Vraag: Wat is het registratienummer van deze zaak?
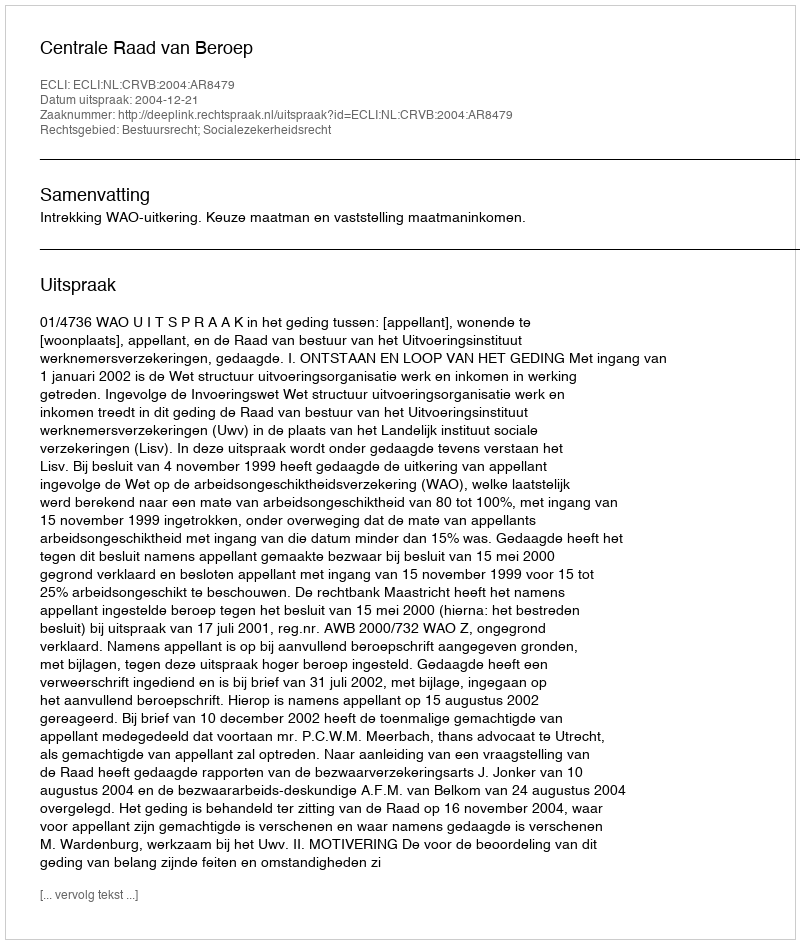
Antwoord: http://deeplink.rechtspraak.nl/uitspraak?id=ECLI:NL:CRVB:2004:AR8479